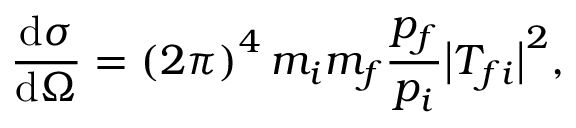
{ \frac { \mathrm { d } \sigma } { \mathrm { d } \Omega } } = \left( 2 \pi \right) ^ { 4 } m _ { i } m _ { f } { \frac { p _ { f } } { p _ { i } } } { \bigl | } T _ { f i } { \bigr | } ^ { 2 } ,